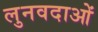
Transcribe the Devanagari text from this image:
लुनवदाओं